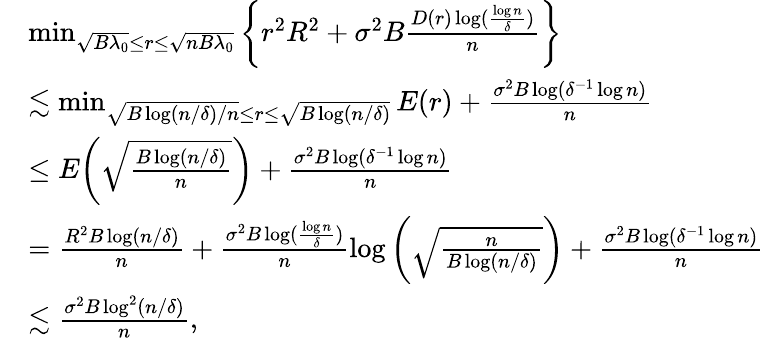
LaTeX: \begin{array}{rl}&{\operatorname*{min}_{\sqrt{B\lambda_{0}}\leq r\leq\sqrt{nB\lambda_{0}}}\bigg\{ r^{2}R^{2}+\sigma^{2}B\frac{D(r)\log(\frac{\log n}{\delta})}{n}\bigg\} }\\ &{\lesssim\operatorname*{min}_{\sqrt{B\log(n/\delta)/n}\leq r\leq\sqrt{B\log(n/\delta)}}E(r)+\frac{\sigma^{2}B\log(\delta^{-1}\log n)}{n}}\\ &{\leq E\bigg(\sqrt{\frac{B\log(n/\delta)}{n}}\bigg)+\frac{\sigma^{2}B\log(\delta^{-1}\log n)}{n}}\\ &{=\frac{R^{2}B\log(n/\delta)}{n}+\frac{\sigma^{2}B\log(\frac{\log n}{\delta})}{n}\log\bigg(\sqrt{\frac{n}{B\log(n/\delta)}}\bigg)+\frac{\sigma^{2}B\log(\delta^{-1}\log n)}{n}}\\ &{\lesssim\frac{\sigma^{2}B\log^{2}(n/\delta)}{n},}\end{array}